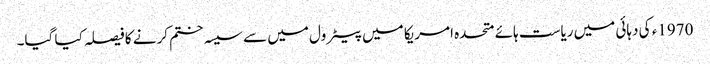
1970ء کی دہائی میں ریاست ہائے متحدہ امریکا میں پیٹرول میں سے سیسہ ختم کرنے کا فیصلہ کیا گیا۔